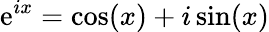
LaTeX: \mathrm{e}^{ix}=\cos(x)+i\sin(x)